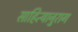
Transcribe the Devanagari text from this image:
साहित्यानुराग